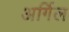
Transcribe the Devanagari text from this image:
अर्गिल